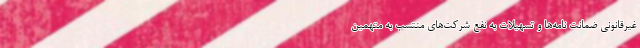
غیرقانونی ضمانت نامه‌ها و تسهیلات به نفع شرکت‌های منتسب به متهمین